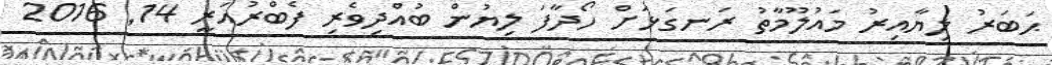
ޙަބަރު ލިޔާއިރު މައުލޫމާތު ރަނގަޅަށް ހޯދާފަ ލިޔުން ބުއްދިވެރި ފެބްރުއަރީ 14